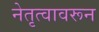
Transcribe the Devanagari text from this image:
नेतृत्वावरून